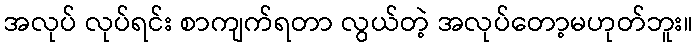
အလုပ် လုပ်ရင်း စာကျက်ရတာ လွယ်တဲ့ အလုပ်တော့မဟုတ်ဘူး။